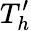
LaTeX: T_{h}^{\prime}